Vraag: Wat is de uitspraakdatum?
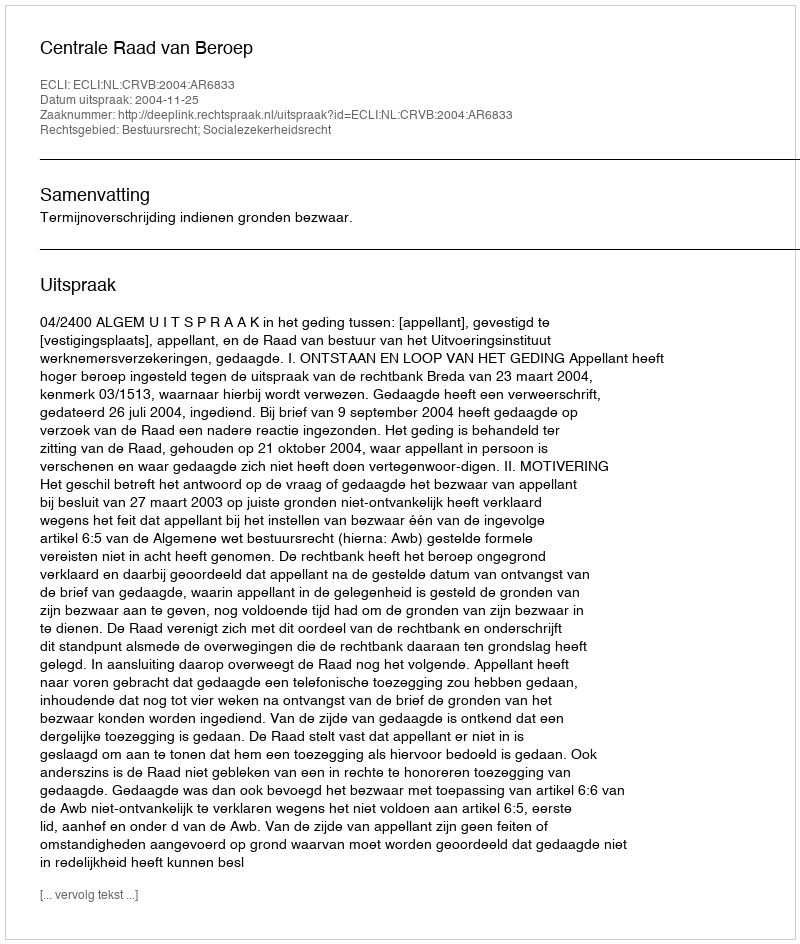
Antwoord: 2004-11-25